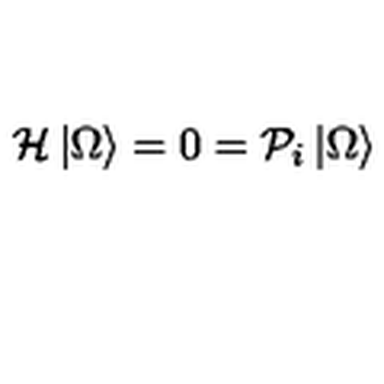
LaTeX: { \cal { H } } \left| \Omega \right> = 0 = { \cal { P } } _ { i } \left| \Omega \right>